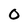
Character: 0